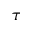
\tau